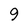
Character: 9